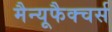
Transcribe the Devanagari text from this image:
मैन्यूफैक्चर्स